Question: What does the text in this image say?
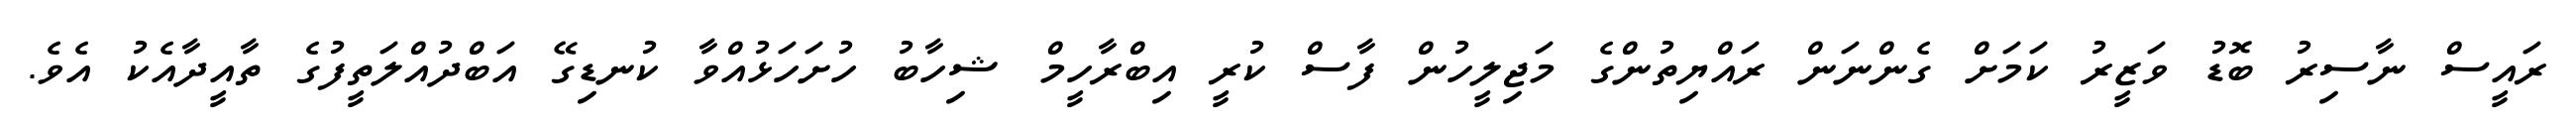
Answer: ރައީސް ނާސިރު ބޮޑު ވަޒީރު ކަމަށް ގެންނަން ރައްޔިތުންގެ މަޖިލީހުން ފާސް ކުރީ އިބްރާހީމް ޝިހާބު ހުށަހަޅުއްވާ ކުނޑިގޭ އަބްދުއްލަތީފުގެ ތާއީދާއެކު އެވެ.